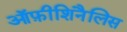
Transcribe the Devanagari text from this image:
ऑफ़ीशिनैलिस